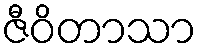
ဇီဝိတာသာ